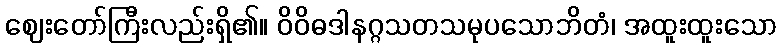
ဈေးတော်ကြီးလည်းရှိ၏။ ဝိဝိဓဒါနဂ္ဂသတသမုပသောဘိတံ၊ အထူးထူးသော